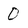
Character: 0